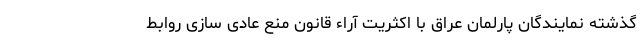
گذشته نمایندگان پارلمان عراق با اکثریت آراء قانون منع عادی سازی روابط